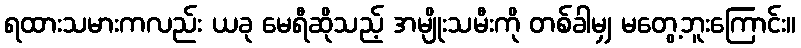
ရထားသမားကလည်း ယခု မေရီဆိုသည့် အမျိုးသမီးကို တစ်ခါမျှ မတွေ့ဘူးကြောင်း။